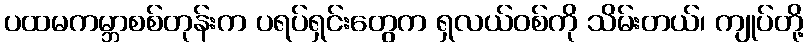
ပထမကမ္ဘာစစ်တုန်းက ပရပ်ရှင်းတွေက ရှလယ်ဝစ်ကို သိမ်းတယ်၊ ကျုပ်တို့